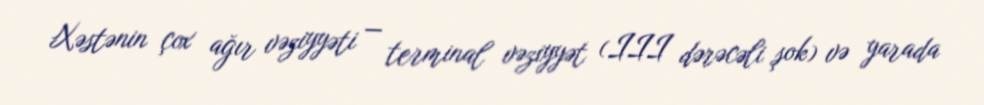
Xəstənin çox ağır vəziyyəti — terminal vəziyyət (III dərəcəli şok) və yarada